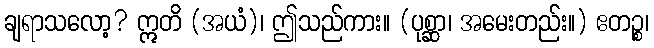
ချရာသလော့? ဣတိ (အယံ)၊ ဤသည်ကား။ (ပုစ္ဆာ၊ အမေးတည်း။) ဧတဉ္စ၊